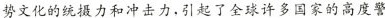
势文化的统摄力和冲击力。引起了全球许多国家的高度数